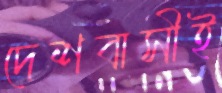
দেশবাসীই